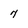
Character: 7